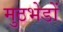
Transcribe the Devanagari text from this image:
मुठभेडों